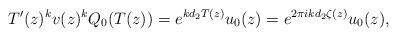
LaTeX: \begin{align*} T'(z)^k v(z)^k Q_0(T(z)) = e^{kd_2 T(z)} u_0(z) = e^{2 \pi i kd_2 \zeta (z)} u_0(z), \end{align*}